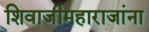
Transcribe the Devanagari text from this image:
शिवाजीमहाराजांना